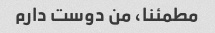
مطمئنا، من دوست دارم